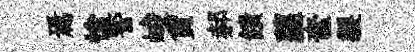
焉愴警峻貨郝饋蘿奩製